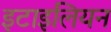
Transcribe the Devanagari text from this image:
इटाइलियन